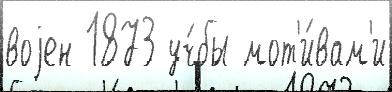
воjен 1873 уч́бы мот'и́вам'и